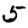
Digit: 5